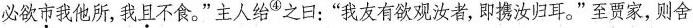
必欲市我他所，我且不食。”主人给④之日：”我友有欲观汝者，即携汝归耳。”至贾家，则舍